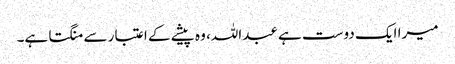
میرا ایک دوست ہے عبداللہ، وہ پیشے کے اعتبار سے منگتا ہے۔